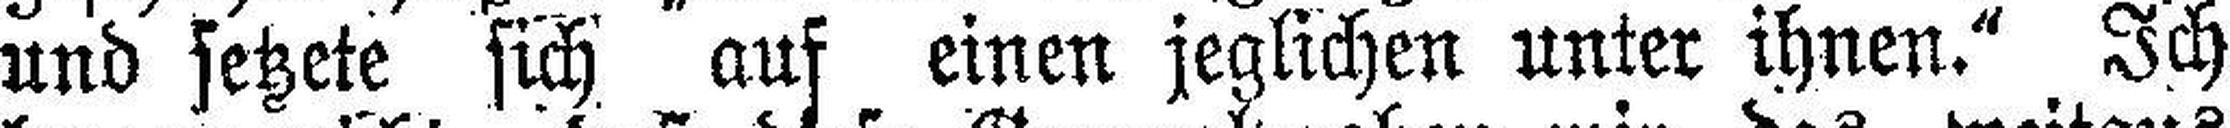
und setzete sich auf einen jeglichen unter ihnen.“ Ich